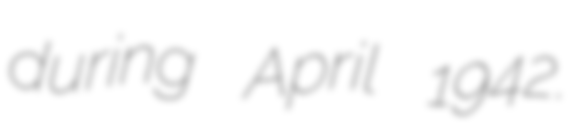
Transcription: during April 1942.